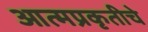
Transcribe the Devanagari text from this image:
आत्मप्रकृतीचे